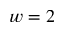
w = 2